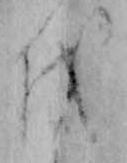
を